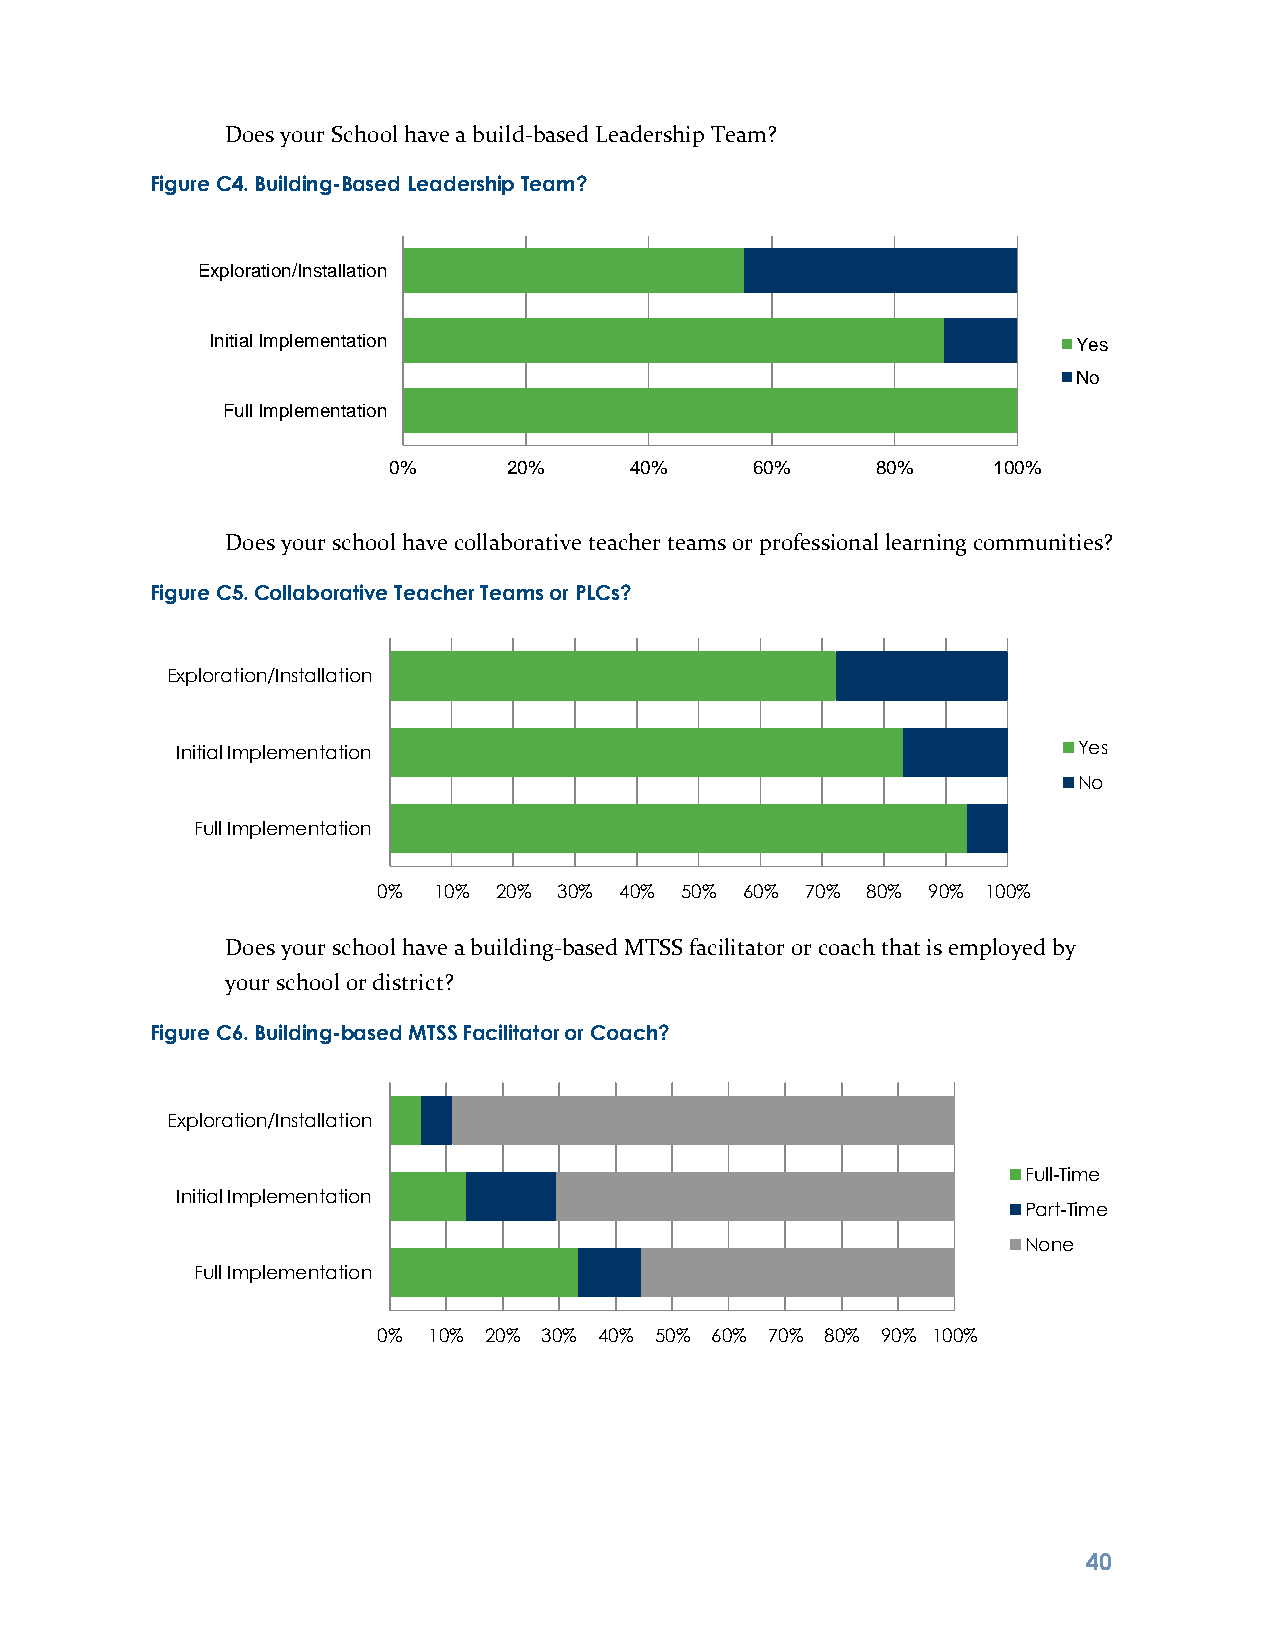
Does your School have a build-based Leadership Team?
 Figure C4. Building-Based Leadership Team?
 Exploration/Installation
 Initial Implementation                                   Yes
 No
 Full Implementation
 0%      20%     40%     60%     80%     100%
 Does your school have collaborative teacher teams or professional learning communities?
 Figure C5. Collaborative Teacher Teams or PLCs?
 Exploration/Installation
 Initial Implementation                                     Yes
 No
 Full Implementation
 0%  10% 20% 30% 40% 50% 60% 70% 80% 90% 100%
 Does your school have a building-based MTSS facilitator or coach that is employed by
 your school or district?
 Figure C6. Building-based MTSS Facilitator or Coach?
 Exploration/Installation
 Full-Time
 Initial Implementation
 Part-Time
 None
 Full Implementation
 0% 10% 20% 30% 40% 50% 60% 70% 80% 90% 100%
 4 0